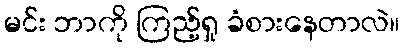
မင်း ဘာကို ကြည့်ရှု ခံစားနေတာလဲ။